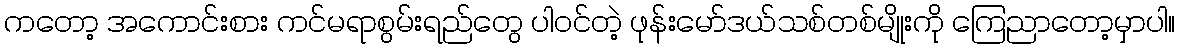
ကတော့ အကောင်းစား ကင်မရာစွမ်းရည်တွေ ပါဝင်တဲ့ ဖုန်းမော်ဒယ်သစ်တစ်မျိုးကို ကြေညာတော့မှာပါ။